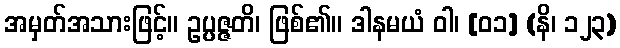
အမှတ်အသားဖြင့်။ ဥပ္ပဇ္ဇတိ၊ ဖြစ်၏။ ဒါနမယံ ဝါ၊ [၀၁] (နိ၊ ၁၂၃)